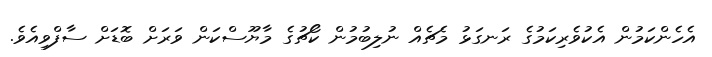
އެހެންކަމުން އެކުވެރިކަމުގެ ރަނގަޅު މެޗެއް ނުލިބުމުން ކޯޗުގެ މާޔޫސްކަން ވަރަށް ބޮޑަށް ސާފްވިއެވެ.